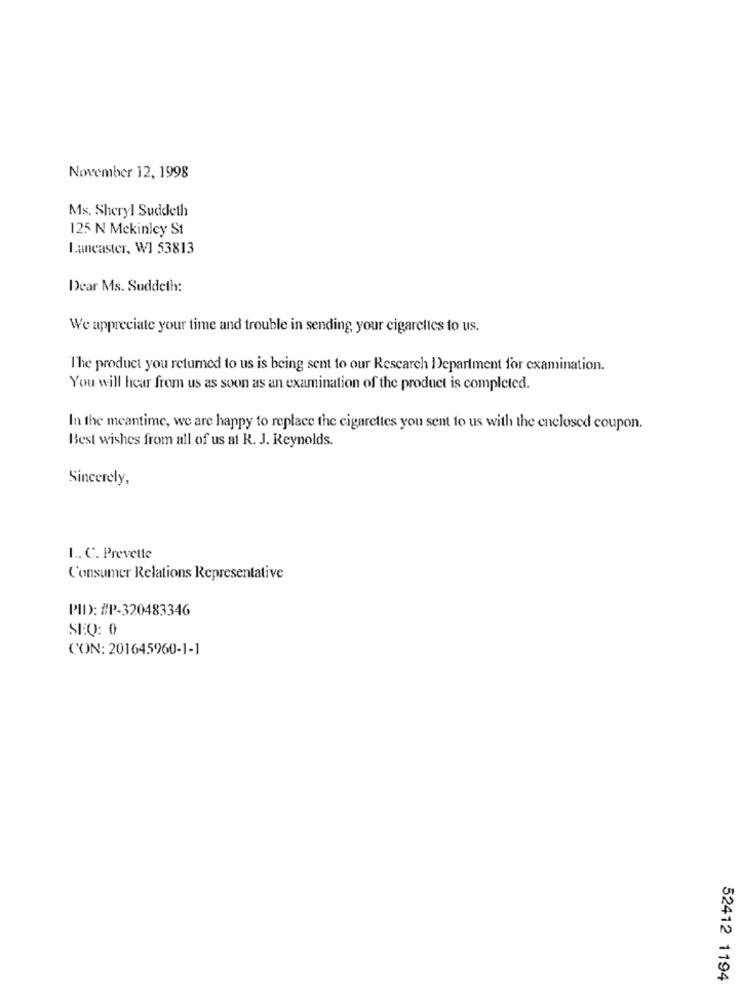
November 12, 1998
Ms. Sheryl Suddeth
125 N Mckinley St
lancaster, WI 53813
Dear Ms. Suddeth:
We appreciate your time and trouble in sending your cigarclics to us.
The product you returned to us is being sent to our Research Department for examination.
You will hear from us as soon as an examination of the product is completed.
In the meantime, we are happy to replace the cigarettes you sent to us with the enclosed coupon.
Best wishes from all of us at R. J. Reynolds.
Sincerely,
1 .. C. Prevette
Consumer Relations Representative
PID: #P-320483346
SEQ: 0
CON: 201645960-1-1
52412 1194